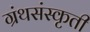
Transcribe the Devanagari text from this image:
ग्रंथसंस्‍कृती